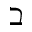
\beth